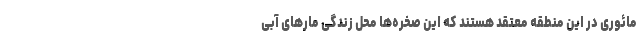
مائوری در این منطقه معتقد هستند که این صخره‌ها محل زندگی مار‌های آبی